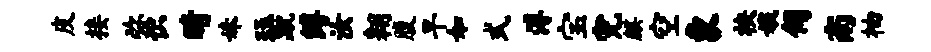
皮接弥识睛妹珏蹴缚汝翱腹旱如式溥宝完麒空象袂娥伺南柚